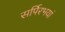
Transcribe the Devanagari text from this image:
सर्पिरभयां